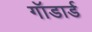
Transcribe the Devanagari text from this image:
गॉडार्ड